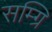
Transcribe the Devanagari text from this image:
सम्ग्रि